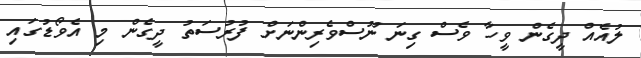
ލުއެއް ދީގެން ވީހާ ވެސް ގިނަ ނޫސްވެރިންނަށް ފުރުސަތު ދީގެން މި އެވޯޑުގައި